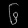
Digit: ၆